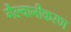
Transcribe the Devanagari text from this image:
गैल्वानीकरण